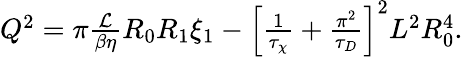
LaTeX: \begin{array}{r}{Q^{2}=\pi\frac{\mathcal{L}}{\beta\eta}R_{0}R_{1}\xi_{1}-\left[\frac{1}{\tau_{\chi}}+\frac{\pi^{2}}{\tau_{D}}\right]^{2}L^{2}R_{0}^{4}.}\end{array}